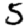
Digit: 5